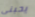
يحبنى